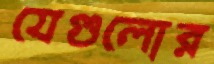
যেগুলোর